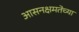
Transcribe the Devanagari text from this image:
आसनक्षमतेच्या